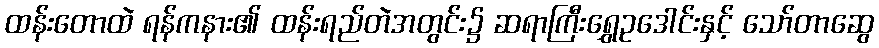
ထန်းတောထဲ ရန်ကနား၏ ထန်းရည်တဲအတွင်း၌ ဆရာကြီးရွှေဥဒေါင်းနှင့် သော်တာဆွေ